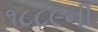
૧૮૮૯ની